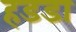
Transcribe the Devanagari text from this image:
हडडा